Newspaper: Omaha daily bee.
Place of publication: Omaha [Neb.]
Publisher: Edward Rosewater
Date: 1900-10-31 00:00:00
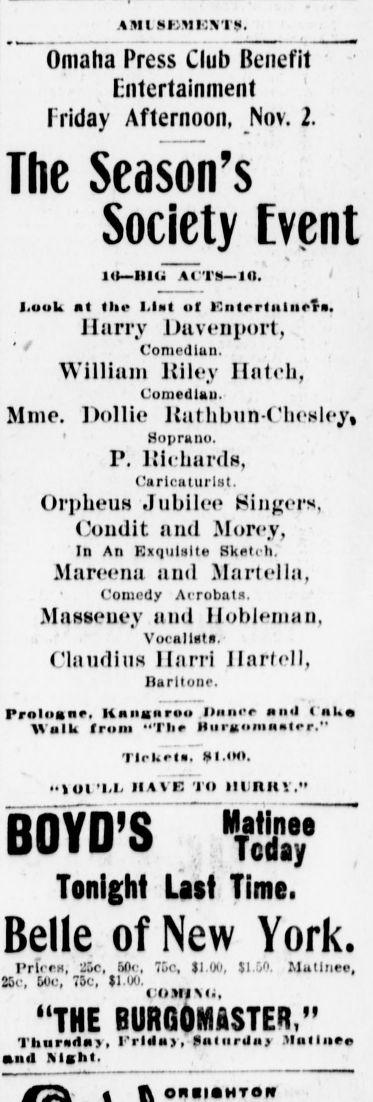
Advertisement text (OCR):
AMLSKMENTS. Omaha Press Club Benefit Entertainment Friday Afternoon, Nov. 2. The Season's Society Event 1U RIG ACTS 1(1. Look at the Llat of Entertainers. Harry Davenport, ' Comedian. William Kiley Hatch, Comedian. Mine. Dollic Jat;libun-Cli(;sloy Soprano. P. Nieliards, Caricaturist. OrplieuH Jubilee Singers, Condit and Moroy, In An Exquisite Sketch, Mareena and Martella, Comedy Acrobats. Miisseney and IJoblenian, Vocalists, Claudius Harri JInrfell, Rarltonc. Proloanr, Knnaiirou .Dunce noil ( nUn WulLc from "The lliirKomnater." Ticket, I. OH. "toi'i.L haviTto iitinitv." BOYD'S Tonight Last Time. Belle of New York. RrTces, 25c, 50c, 7uc, 11 00, $1 00. Mutlnee, 25c, We, 73c, H.U0. "THE BURgSmSTERt " ThuradHV, Friday,' Sntiiriluy .Mutlnee ml Night.
Label: text-only